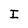
Character: I